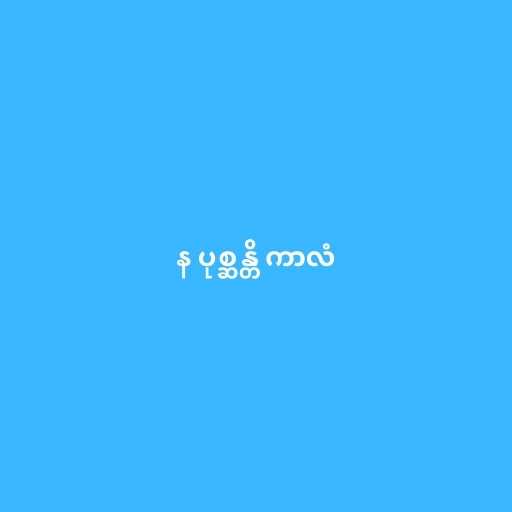
န ပုစ္ဆန္တိ ကာလံ